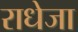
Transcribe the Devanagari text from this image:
राधेजा